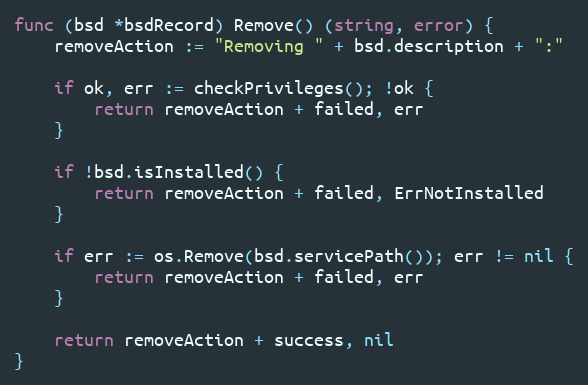
Language: Go
func (bsd *bsdRecord) Remove() (string, error) {
	removeAction := "Removing " + bsd.description + ":"

	if ok, err := checkPrivileges(); !ok {
		return removeAction + failed, err
	}

	if !bsd.isInstalled() {
		return removeAction + failed, ErrNotInstalled
	}

	if err := os.Remove(bsd.servicePath()); err != nil {
		return removeAction + failed, err
	}

	return removeAction + success, nil
}